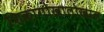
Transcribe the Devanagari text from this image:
शिकागोखालोखाल